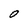
Character: O